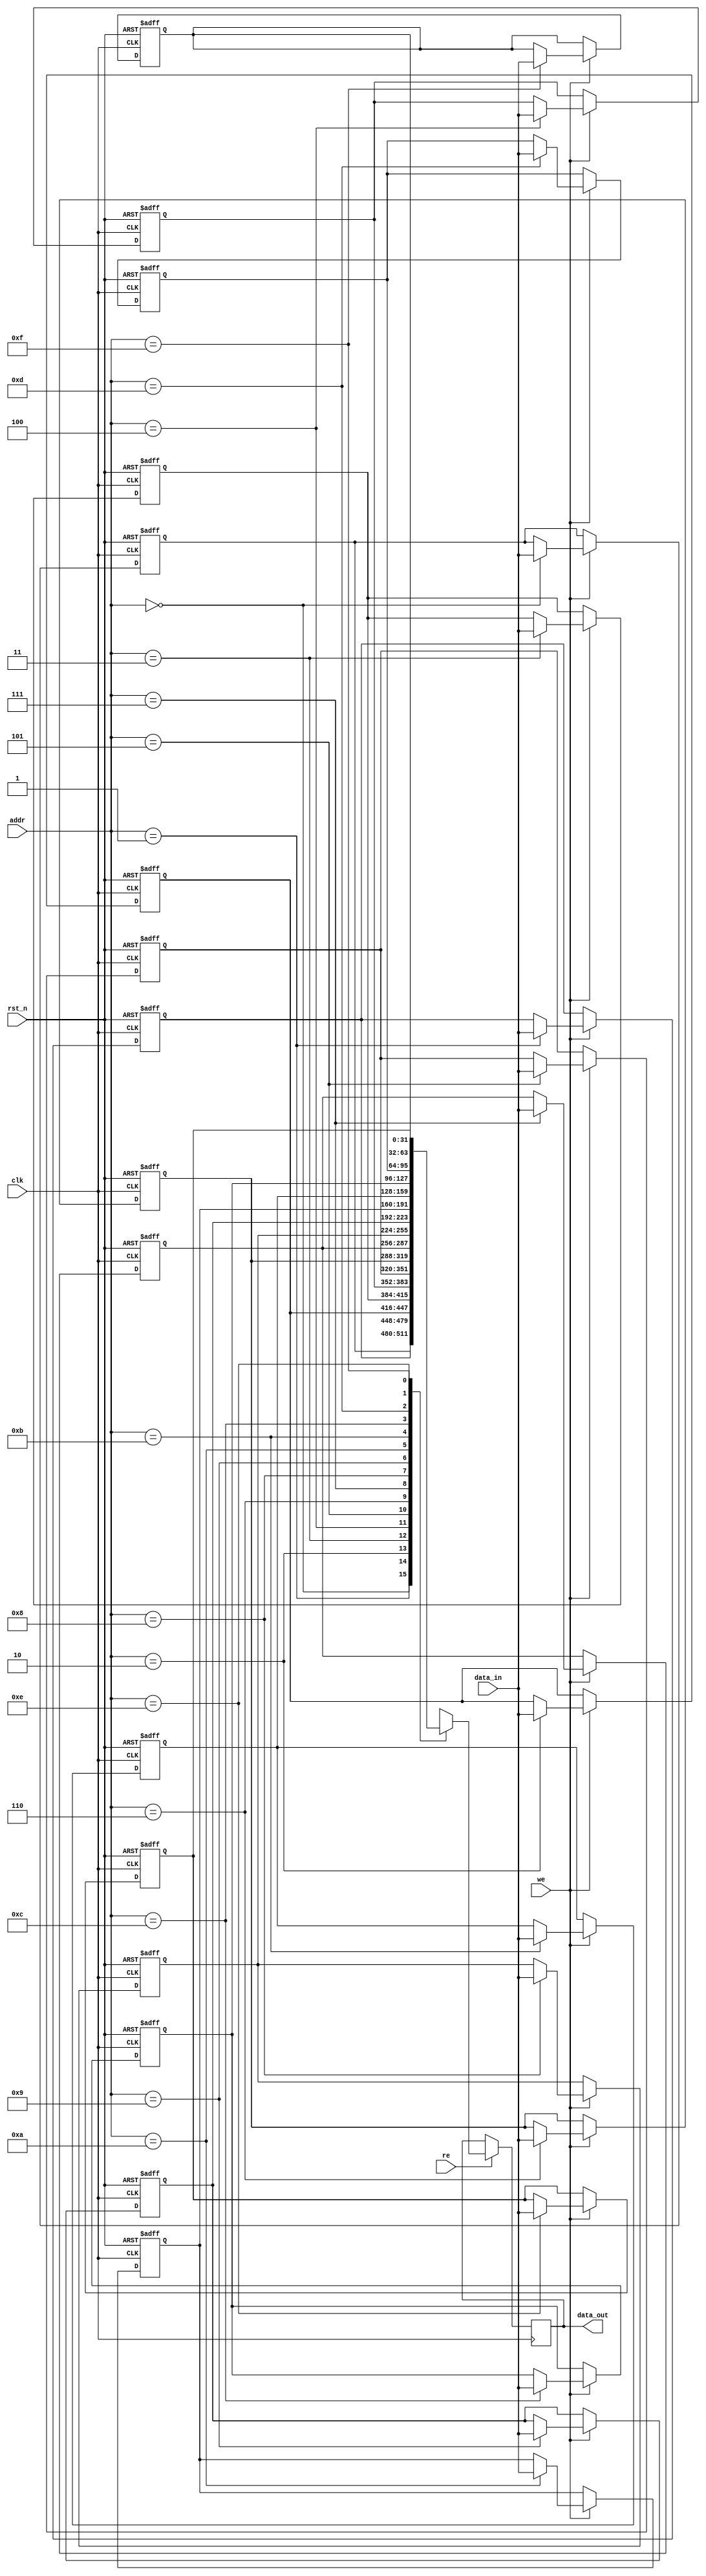
module RegisterFileSRAM #(
    parameter DATA_WIDTH = 32, // Width of each register (in bits)
    parameter ADDR_WIDTH = 4    // Number of address bits (for 16 registers)
)(
    input wire clk,                // Clock signal
    input wire rst_n,              // Asynchronous reset (active low)
    input wire we,                 // Write Enable
    input wire re,                 // Read Enable
    input wire [ADDR_WIDTH-1:0] addr, // Address for read/write
    input wire [DATA_WIDTH-1:0] data_in, // Data input for write
    output reg [DATA_WIDTH-1:0] data_out // Data output for read
);

    // Define the register file (array of registers)
    reg [DATA_WIDTH-1:0] reg_file [(2**ADDR_WIDTH)-1:0];

    // Asynchronous reset
    integer i;
    always @(posedge clk or negedge rst_n) begin
        if (!rst_n) begin
            // Clear all registers on reset
            for (i = 0; i < (2**ADDR_WIDTH); i = i + 1) begin
                reg_file[i] <= {DATA_WIDTH{1'b0}};
            end
        end else begin
            // Write operation
            if (we) begin
                reg_file[addr] <= data_in;
            end
        end
    end

    // Read operation
    always @(posedge clk) begin
        if (re) begin
            data_out <= reg_file[addr];
        end
    end

endmodule